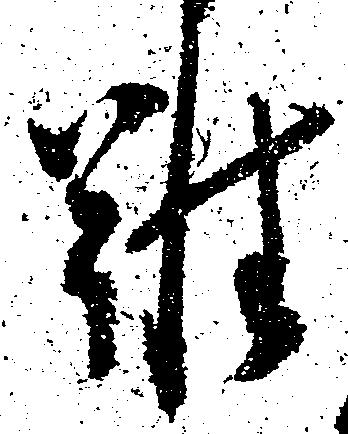
難